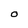
Character: O